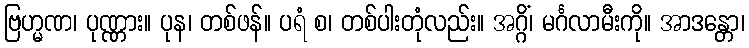
ဗြဟ္မဏ၊ ပုဏ္ဏား။ ပုန၊ တစ်ဖန်။ ပရံ စ၊ တစ်ပါးတုံလည်း။ အဂ္ဂိံ၊ မင်္ဂလာမီးကို။ အာဒန္တော၊